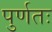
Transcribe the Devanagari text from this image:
पुर्णतः